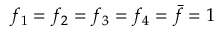
f _ { 1 } = f _ { 2 } = f _ { 3 } = f _ { 4 } = \bar { f } = 1